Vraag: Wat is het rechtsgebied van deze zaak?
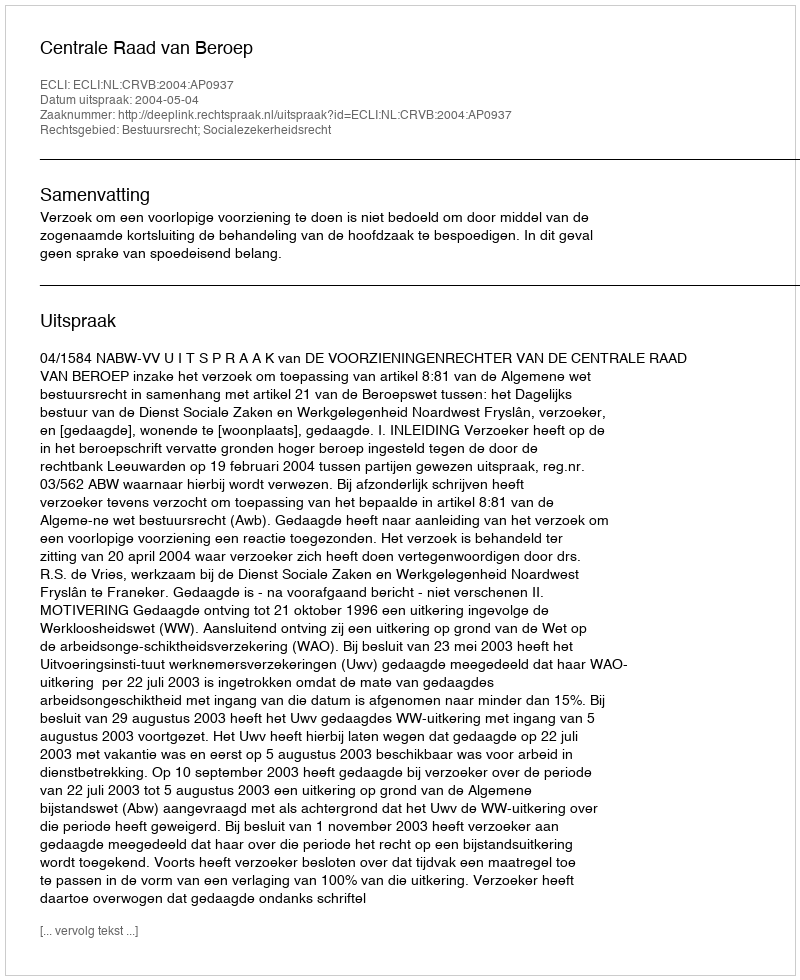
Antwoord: Bestuursrecht; Socialezekerheidsrecht